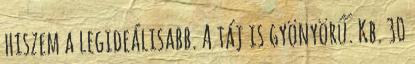
hiszem a legideálisabb. A táj is gyönyörű. Kb. 30